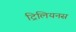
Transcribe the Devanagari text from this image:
ट्रिलियनस